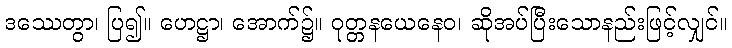
ဒဿေတွာ၊ ပြ၍။ ဟေဋ္ဌာ၊ အောက်၌။ ဝုတ္တနယေနေဝ၊ ဆိုအပ်ပြီးသောနည်းဖြင့်လျှင်။